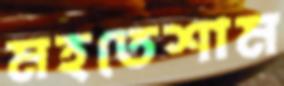
মহতেশাম